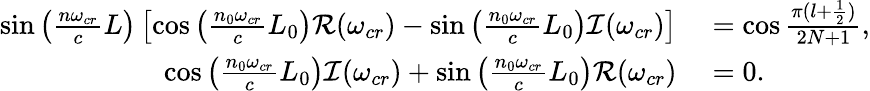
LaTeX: \begin{array}{rl}{\sin\left(\frac{n\omega_{cr}}{c}L\right)\left[\cos\left(\frac{n_{0}\omega_{cr}}{c}L_{0}\right)\mathcal{R}(\omega_{cr})-\sin\left(\frac{n_{0}\omega_{cr}}{c}L_{0}\right)\mathcal{I}(\omega_{cr})\right]}&{{}=\cos\frac{\pi(l+\frac{1}{2})}{2N+1},}\\ {\cos\left(\frac{n_{0}\omega_{cr}}{c}L_{0}\right)\mathcal{I}(\omega_{cr})+\sin\left(\frac{n_{0}\omega_{cr}}{c}L_{0}\right)\mathcal{R}(\omega_{cr})}&{{}=0.}\end{array}